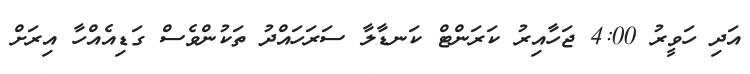
އަދި ހަވީރު 4:00 ޖަހާއިރު ކަރަންޓް ކަނޑާލާ ސަރަހައްދު ތަކުންވެސް ގަޑިއެއްހާ އިރަށް